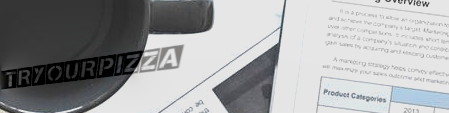
TryOurPizza